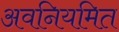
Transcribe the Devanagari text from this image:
अवनियमित